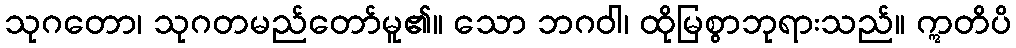
သုဂတော၊ သုဂတမည်တော်မူ၏။ သော ဘဂဝါ၊ ထိုမြစွာဘုရားသည်။ ဣတိပိ